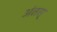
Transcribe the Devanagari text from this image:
अंतस्